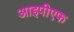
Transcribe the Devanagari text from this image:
आइपीएफ